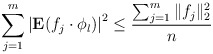
\begin{align*}\sum_{j=1}^m\left|{\textbf E}(f_j\cdot \phi_l)\right|^2\le \frac{ \sum_{j=1}^m\|f_j\|_2^2}{ n}\end{align*}